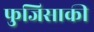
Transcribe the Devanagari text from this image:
फुजिसाकी